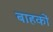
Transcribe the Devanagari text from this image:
बाहकों